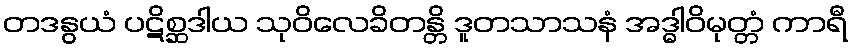
တဒနွယံ ပဋိစ္ဆဒါယ သုဝိလေခိတန္တိ ဒူတသာသနံ အဒ္ဓါဝိမုတ္တံ ကာရီ